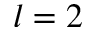
l = 2